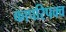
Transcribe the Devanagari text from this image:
कापरिपक्व